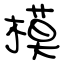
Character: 模